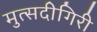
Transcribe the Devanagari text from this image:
मुत्सदीगिरी